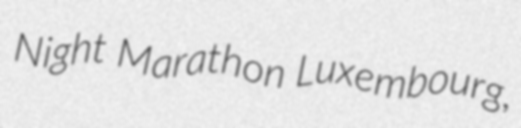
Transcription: Night Marathon Luxembourg,